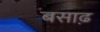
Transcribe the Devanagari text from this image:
बसाढ़